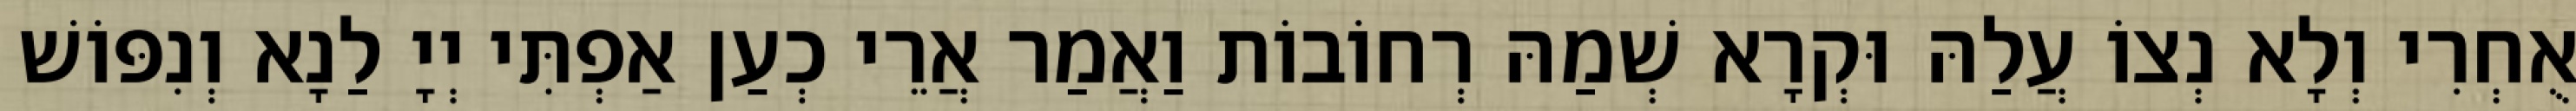
אֻחְרִי וְלָא נְצוֹ עֲלַהּ וּקְרָא שְׁמַהּ רְחוֹבוֹת וַאֲמַר אֲרֵי כְעַן אַפְתִּי יְיָ לַנָא וְנִפּוֹשׁ